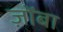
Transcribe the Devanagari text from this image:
ज़ोंबा